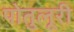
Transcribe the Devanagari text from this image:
पोतुलूरी